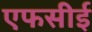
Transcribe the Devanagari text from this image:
एफसीई